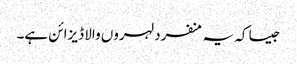
جیسا کہ یہ منفرد لہروں والا ڈیزائن ہے۔